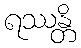
ရဿန္တိ